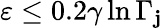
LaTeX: \varepsilon\leq0.2\gamma\ln\Gamma_{\mathbf{j}}